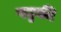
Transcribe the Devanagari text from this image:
पट्टकी